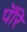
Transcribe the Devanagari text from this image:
पॅरि